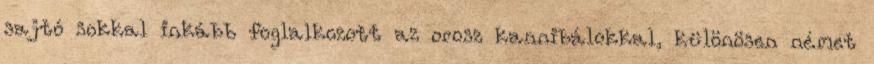
sajtó sokkal inkább foglalkozott az orosz kannibálokkal, különösen német